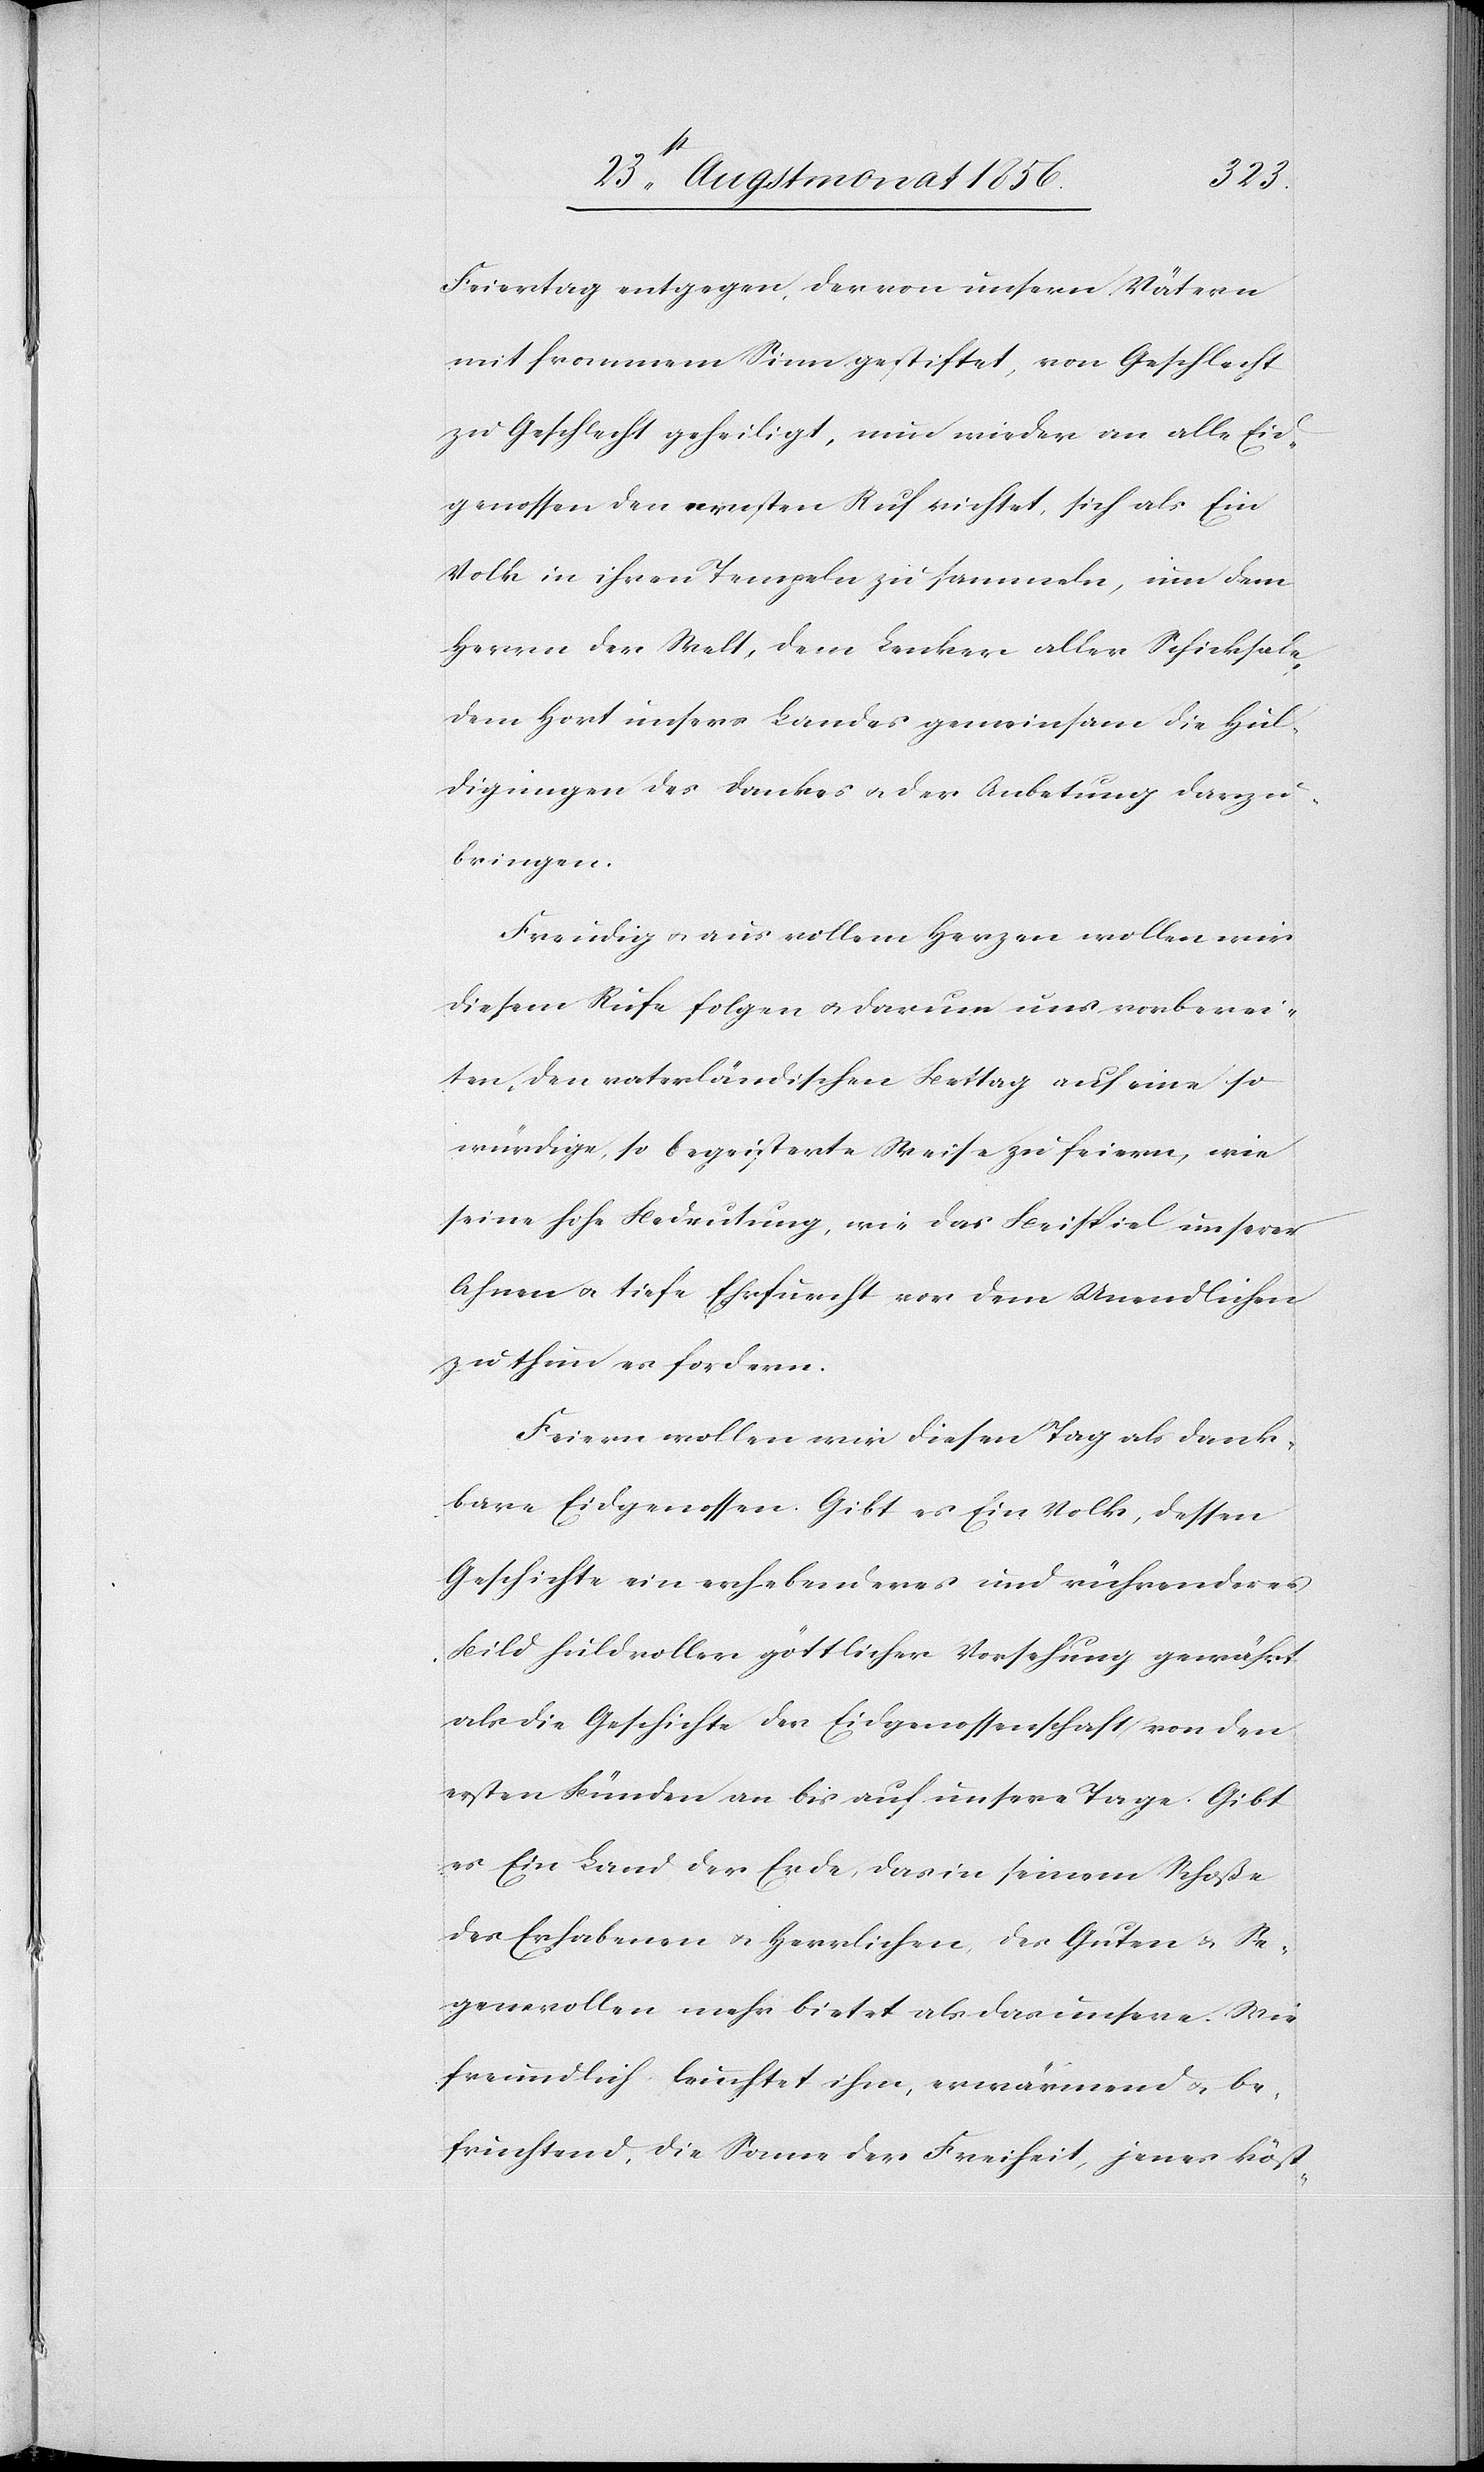
Feiertag entgegen, der von unsern Vätern
mit frommem Sinn gestiftet, von Geschlecht
zu Geschlecht geheiligt, nun wieder an alle Eid¬
genossen den ernsten Ruf richtet, sich als Ein
Volk in ihren Tempeln zu sammeln, um dem
Herrn der Welt, dem Lenker aller Schicksale,
dem Hort unsers Landes gemeinsam die Hul¬
digungen des Dankes u. der Anbetung darzu¬
bringen.
Freudig u. aus vollem Herzen wollen wir
diesem Rufe folgen u. darum uns vorberei¬
ten, den vaterländischen Bettag auf eine so
würdige, so begeisterte Weise zu feiern, wie
seine hohe Bedeutung, wie das Beispiel unserer
Ahnen u. tiefe Ehrfurcht vor dem Unendlichen
zu thun es fordern.
Feiern wollen wir diesen Tag als dank¬
bare Eidgenossen. Gibt es Ein Volk, dessen
Geschichte ein erhebenderes und rührenderes
Bild huldvoller göttlicher Vorsehung gewährt
als die Geschichte der Eidgenossenschaft von den
ersten Bünden an bis auf unsere Tage. Gibt
es Ein Land der Erde, das in seinem Schoße
des Erhabenen u. Herrlichen, des Guten & Se¬
gensvollen mehr bietet als das unsere. Wie
freundlich leuchtet ihm, erwärmend u. be¬
fruchtend, die Sonne der Freiheit, jenes köst-